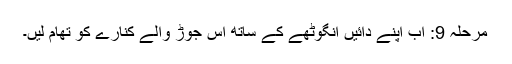
مرحلہ 9: اب اپنے دائیں انگوٹھے کے ساتھ اس جوڑ والے کنارے کو تھام لیں۔